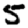
Digit: 5